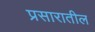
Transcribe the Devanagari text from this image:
प्रसारातील